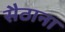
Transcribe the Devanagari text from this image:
सैठाना